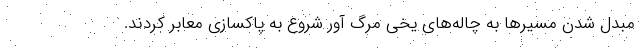
مبدل شدن مسیرها به چاله‌های یخی مرگ آور شروع به پاکسازی معابر کردند.